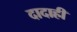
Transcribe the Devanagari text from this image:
दादाही